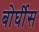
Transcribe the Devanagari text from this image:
बोर्घीस